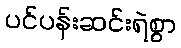
ပင်ပန်းဆင်းရဲစွာ